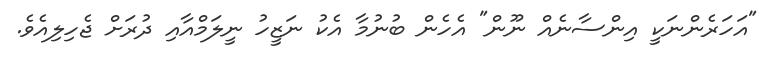
"އަހަރެންނަކީ އިންސާނެއް ނޫން" އެހެން ބުނުމާ އެކު ނަޒީހު ނީލަމްއާއި ދުރަށް ޖެހިލިއެވެ.